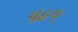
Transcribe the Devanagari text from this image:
बुद्धम्